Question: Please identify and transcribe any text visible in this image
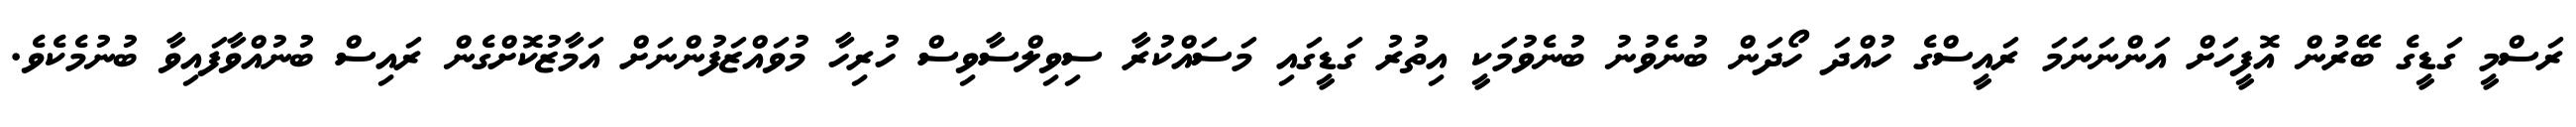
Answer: ރަސްމީ ގަޑީގެ ބޭރުން އޮފީހަށް އަންނަނަމަ ރައީސްގެ ހުއްދަ ހޯދަން ބުނެވުނު ބުނެވުމަކީ އިތުރު ގަޑީގައި މަސައްކުރާ ސިވިލްސާވިސް ހުރިހާ މުވައްޒަފުންނަށް އަމާޒުކޮށްގެން ރައިސް ބުނުއްވާފައިވާ ބުނުމެކެވެ.